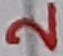
Text: 2